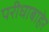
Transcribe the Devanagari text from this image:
परीघाबाहेर